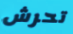
تحرش